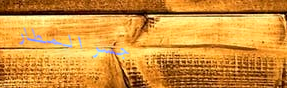
جسر المطار